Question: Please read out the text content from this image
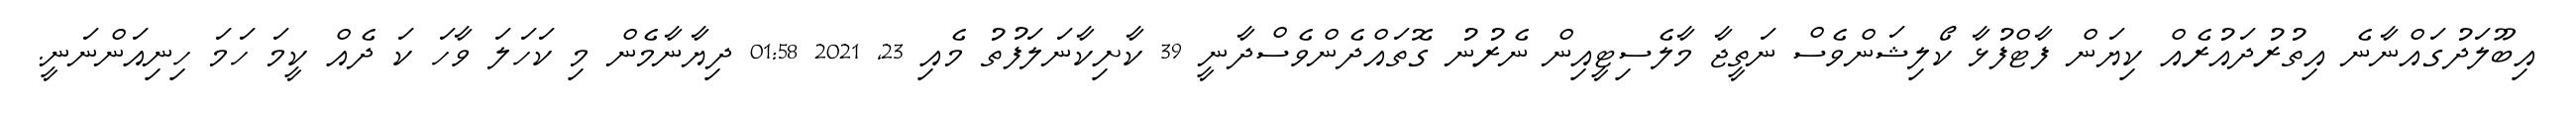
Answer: އިބޫލަދުގައްނާނެ އިތުރުދައުރެއް ކިޔަން ފާޓްފުޅާ ކޯލިޝަންވެސް ނަތީޖާ މާލެސިޓީއިން ނެރުނު ގޮތައްދެންވެސްދާނީ 39 ކާށިކާނަލަފުތު މެއި 23, 2021 01:58 ދިޔާނާމެން މި ކަހަލަ ވާހަ ކަ ދެއް ކީމަ ހަމަ ހިނިއަންނަނީ.